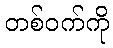
တစ်ဝက်ကို